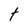
Character: t